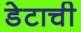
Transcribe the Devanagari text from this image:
डेटाची